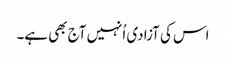
اس کی آزادی اُنہیں آج بھی ہے۔